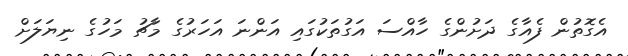
އެގޮތުން ފެއާގެ ދަށުންގެ ހާއްސަ އަގުތަކުގައި އަންނަ އަހަރުގެ މާޗު މަހުގެ ނިޔަލަށް